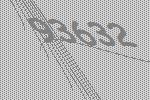
93632